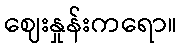
ဈေးနှုန်းကရော။